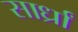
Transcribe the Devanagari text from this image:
सार्ध्रां